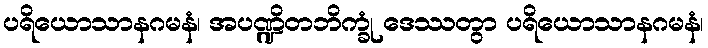
ပရိယောသာနဂမနံ၊ အပဏ္ဍိတဘိက္ခုံ ဒေဿတွာ ပရိယောသာနဂမနံ၊